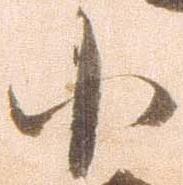
小